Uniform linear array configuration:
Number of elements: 64
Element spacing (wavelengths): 0.5
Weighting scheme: binomial
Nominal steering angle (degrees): -60
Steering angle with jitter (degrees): -60.335
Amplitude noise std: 0.05
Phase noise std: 0.05

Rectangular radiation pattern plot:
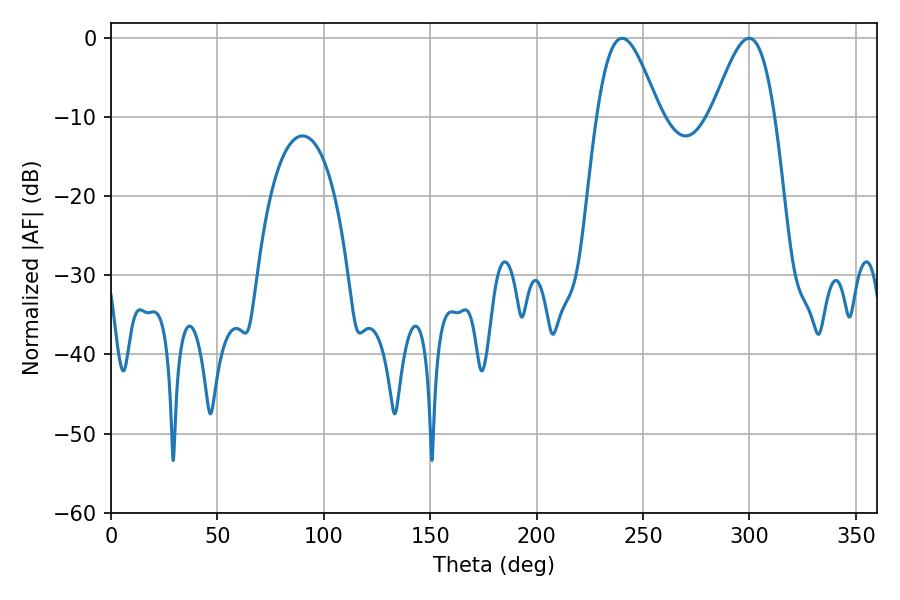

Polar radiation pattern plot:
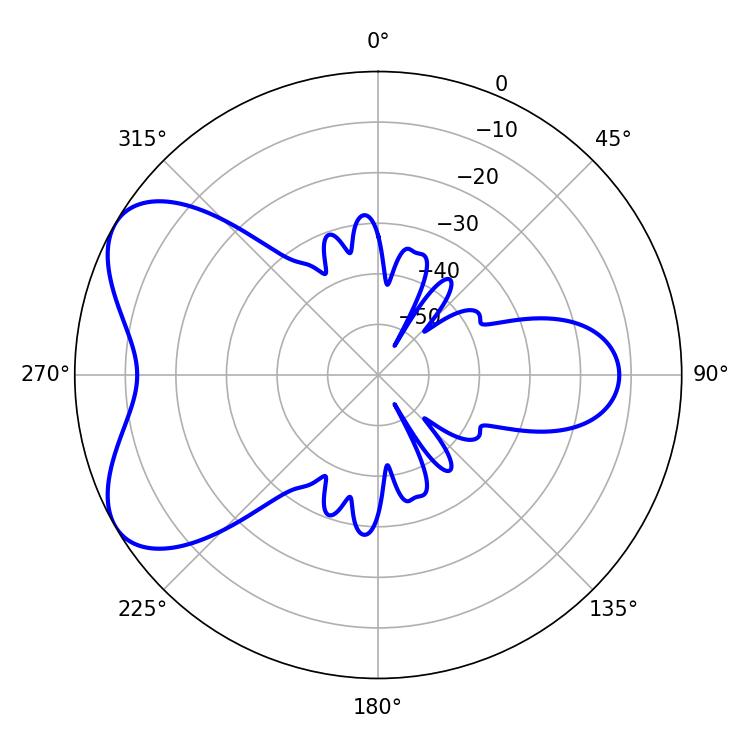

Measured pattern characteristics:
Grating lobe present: FALSE
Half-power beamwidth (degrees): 15.66
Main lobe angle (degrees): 240.12